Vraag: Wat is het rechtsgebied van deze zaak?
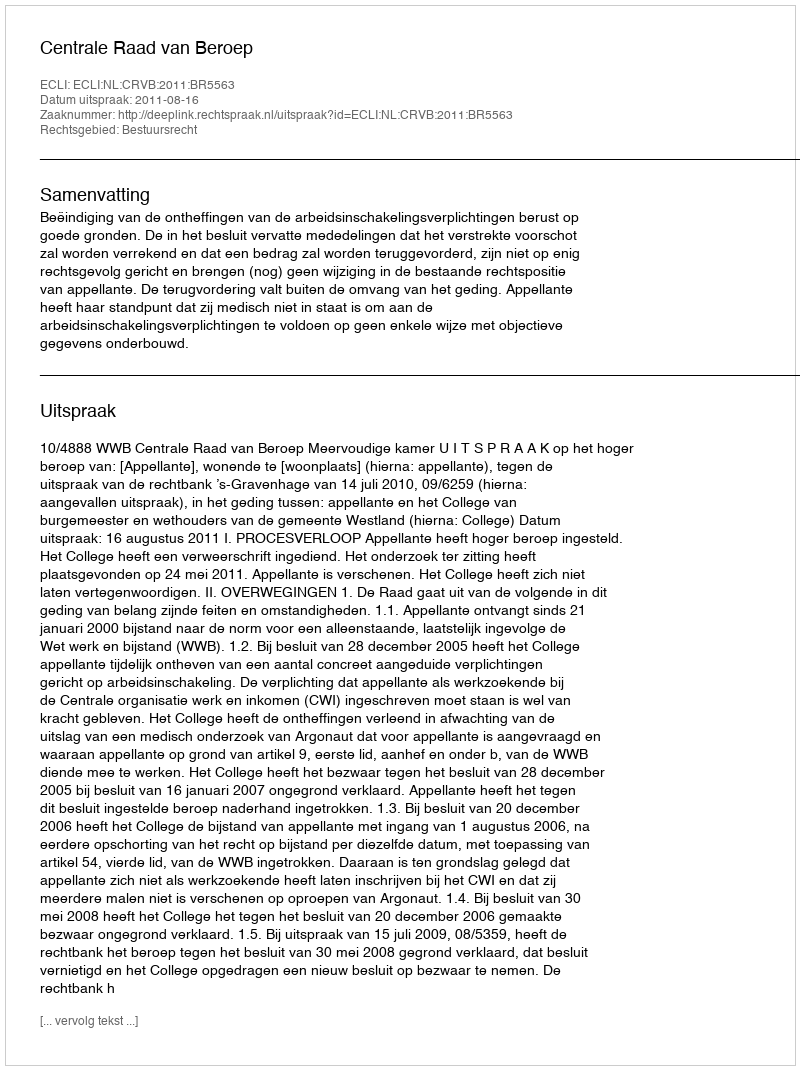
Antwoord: Bestuursrecht